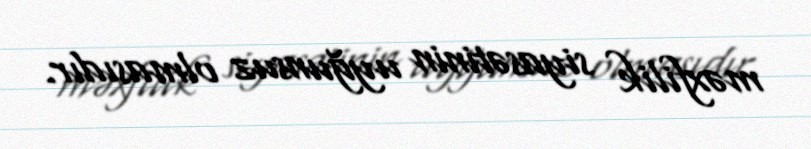
məxfilik siyasətinin uyğunsuz olmasıdır.